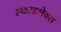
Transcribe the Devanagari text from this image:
स्काइलेक्स